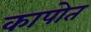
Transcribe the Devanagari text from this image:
कापोत